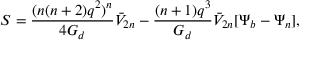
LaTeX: S = \frac { ( n ( n + 2 ) q ^ { 2 } ) ^ { n } } { 4 G _ { d } } \bar { V } _ { 2 n } - \frac { ( n + 1 ) q ^ { 3 } } { G _ { d } } \bar { V } _ { 2 n } [ \Psi _ { b } - \Psi _ { n } ] ,